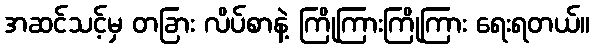
အဆင်သင့်မှ တခြား လိပ်စာနဲ့ ကြိုကြားကြိုကြား ရေးရတယ်။